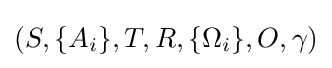
(S,\{A_{i}\},T,R,\{\Omega _{i}\},O,\gamma )